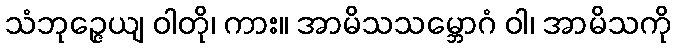
သံဘုဉ္ဇေယျ ဝါတို၊ ကား။ အာမိသသမ္ဘောဂံ ဝါ၊ အာမိသကို